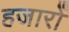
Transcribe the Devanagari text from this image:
हजारोँ